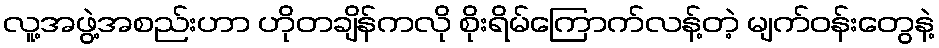
လူ့အဖွဲ့အစည်းဟာ ဟိုတချိန်ကလို စိုးရိမ်ကြောက်လန့်တဲ့ မျက်ဝန်းတွေနဲ့